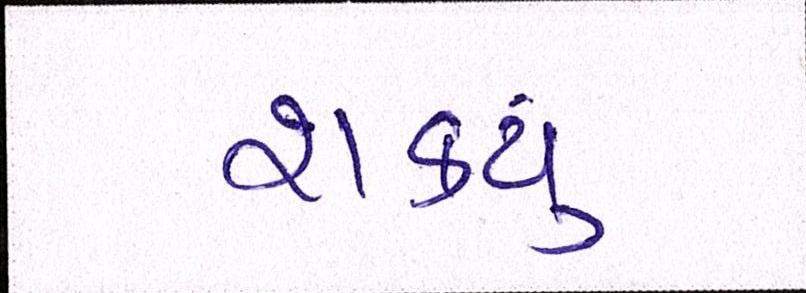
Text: શકયું